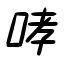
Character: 哮